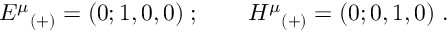
{ E ^ { \mu } } _ { ( + ) } = ( 0 ; 1 , 0 , 0 ) \; ; \qquad { H ^ { \mu } } _ { ( + ) } = ( 0 ; 0 , 1 , 0 ) \; .